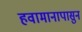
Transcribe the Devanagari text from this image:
हवामानापासुन